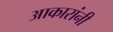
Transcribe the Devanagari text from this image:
आकारांनी